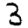
Digit: 3